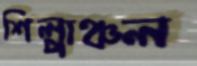
শিল্পাঞ্চল